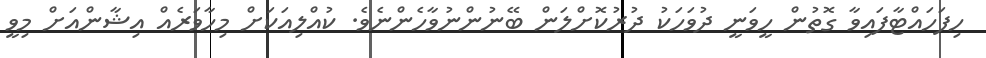
ހިފަހައްޓާފައިވާ ގޮތުން ހީވަނީ ދުވަހަކު ދުރުކޮށްލަން ބޭނުންނުވާހެންނެވެ. ކުއްލިއަކަށް މިހާވަރެއް އިޝާންއަށް މިވީ